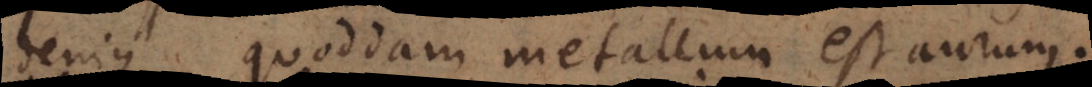
denique quoddam metallum est aurum.